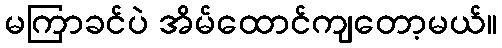
မကြာခင်ပဲ အိမ်ထောင်ကျတော့မယ်။